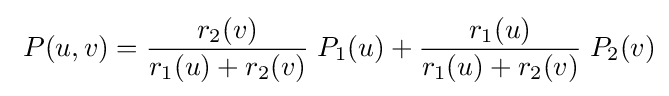
\ P(u,v)={\frac {r_{2}(v)}{r_{1}(u)+r_{2}(v)}}\;P_{1}(u)+{\frac {r_{1}(u)}{r_{1}(u)+r_{2}(v)}}\;P_{2}(v)